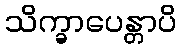
သိက္ခာပေန္တာပိ